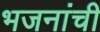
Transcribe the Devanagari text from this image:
भजनांची